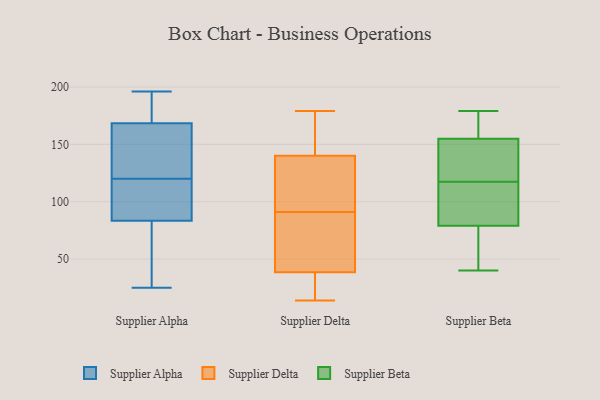
{"axis": {"x": "Active Users", "y": "Value"}, "legend": ["Supplier Alpha", "Supplier Beta", "Supplier Delta"], "data": [{"x": "", "y": 76, "type": "Supplier Alpha"}, {"x": "", "y": 187, "type": "Supplier Alpha"}, {"x": "", "y": 196, "type": "Supplier Alpha"}, {"x": "", "y": 168, "type": "Supplier Alpha"}, {"x": "", "y": 97, "type": "Supplier Alpha"}, {"x": "", "y": 148, "type": "Supplier Alpha"}, {"x": "", "y": 120, "type": "Supplier Alpha"}, {"x": "", "y": 170, "type": "Supplier Alpha"}, {"x": "", "y": 157, "type": "Supplier Alpha"}, {"x": "", "y": 105, "type": "Supplier Alpha"}, {"x": "", "y": 86, "type": "Supplier Alpha"}, {"x": "", "y": 25, "type": "Supplier Alpha"}, {"x": "", "y": 65, "type": "Supplier Alpha"}, {"x": "", "y": 155, "type": "Supplier Delta"}, {"x": "", "y": 150, "type": "Supplier Delta"}, {"x": "", "y": 38, "type": "Supplier Delta"}, {"x": "", "y": 94, "type": "Supplier Delta"}, {"x": "", "y": 39, "type": "Supplier Delta"}, {"x": "", "y": 131, "type": "Supplier Delta"}, {"x": "", "y": 169, "type": "Supplier Delta"}, {"x": "", "y": 30, "type": "Supplier Delta"}, {"x": "", "y": 101, "type": "Supplier Delta"}, {"x": "", "y": 137, "type": "Supplier Delta"}, {"x": "", "y": 88, "type": "Supplier Delta"}, {"x": "", "y": 179, "type": "Supplier Delta"}, {"x": "", "y": 64, "type": "Supplier Delta"}, {"x": "", "y": 14, "type": "Supplier Delta"}, {"x": "", "y": 82, "type": "Supplier Delta"}, {"x": "", "y": 133, "type": "Supplier Delta"}, {"x": "", "y": 143, "type": "Supplier Delta"}, {"x": "", "y": 48, "type": "Supplier Delta"}, {"x": "", "y": 29, "type": "Supplier Delta"}, {"x": "", "y": 27, "type": "Supplier Delta"}, {"x": "", "y": 179, "type": "Supplier Beta"}, {"x": "", "y": 79, "type": "Supplier Beta"}, {"x": "", "y": 102, "type": "Supplier Beta"}, {"x": "", "y": 126, "type": "Supplier Beta"}, {"x": "", "y": 83, "type": "Supplier Beta"}, {"x": "", "y": 55, "type": "Supplier Beta"}, {"x": "", "y": 152, "type": "Supplier Beta"}, {"x": "", "y": 177, "type": "Supplier Beta"}, {"x": "", "y": 161, "type": "Supplier Beta"}, {"x": "", "y": 136, "type": "Supplier Beta"}, {"x": "", "y": 40, "type": "Supplier Beta"}, {"x": "", "y": 114, "type": "Supplier Beta"}, {"x": "", "y": 155, "type": "Supplier Beta"}, {"x": "", "y": 104, "type": "Supplier Beta"}, {"x": "", "y": 79, "type": "Supplier Beta"}, {"x": "", "y": 42, "type": "Supplier Beta"}, {"x": "", "y": 121, "type": "Supplier Beta"}, {"x": "", "y": 177, "type": "Supplier Beta"}]}